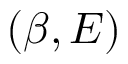
( \beta , E )